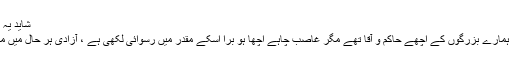
شاید یہ ہماری تاریخ سے کافی مماثلت رکھتا ہے
پہلے ہم پہ گورے حکمران تھے اور بقول ہمارے بزرگوں کے اچھے حاکم و آقا تھے مگر غاصب چاہے اچھا ہو برا اسکے مقدر میں رسوائی لکھی ہے ، آزادی ہر حال میں مطلوب و فطرت آدم ہے سو انہیں جانا پڑا ۔